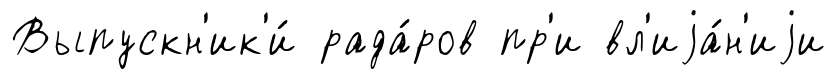
Выпускн'ик'и́ рада́ров пр'и вл'иjа́н'иjи